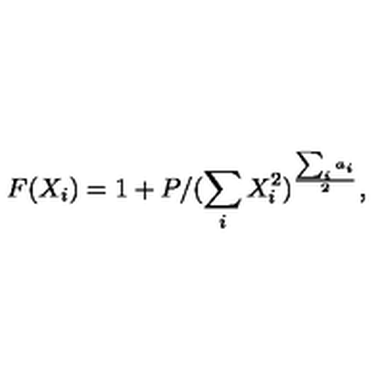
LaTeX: F ( X _ { i } ) = 1 + P / ( \sum _ { i } X _ { i } ^ { 2 } ) ^ { \frac { \sum _ { i } a _ { i } } { 2 } } ,